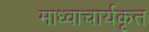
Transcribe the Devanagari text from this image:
माध्वाचार्यकृत